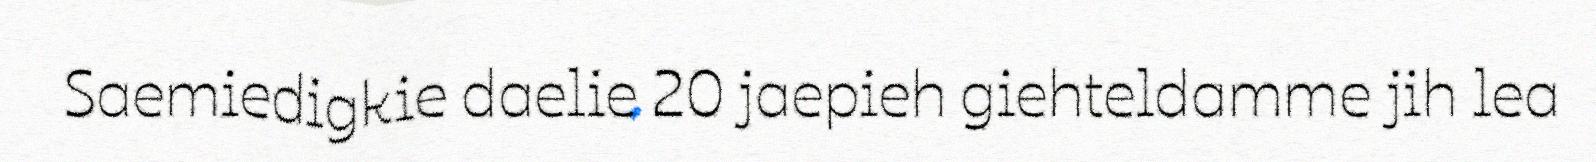
Saemiedigkie daelie 20 jaepieh giehteldamme jih lea